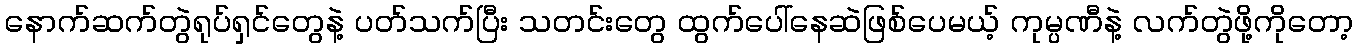
နောက်ဆက်တွဲရုပ်ရှင်တွေနဲ့ ပတ်သက်ပြီး သတင်းတွေ ထွက်ပေါ်နေဆဲဖြစ်ပေမယ့် ကုမ္ပဏီနဲ့ လက်တွဲဖို့ကိုတော့